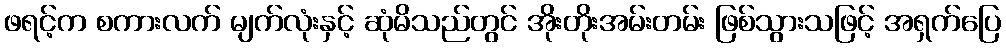
ဖရင့်က စကားလက် မျက်လုံးနှင့် ဆုံမိသည်တွင် အိုးတိုးအမ်းတမ်း ဖြစ်သွားသဖြင့် အရှက်ပြေ